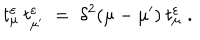
t _ { \mu } ^ { \varepsilon } \: t _ { \mu ^ { \prime } } ^ { \varepsilon } \; = \; \delta ^ { 2 } ( \mu - \mu ^ { \prime } ) \: t _ { \mu } ^ { \varepsilon } \; .